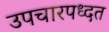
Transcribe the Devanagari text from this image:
उपचारपध्दत